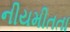
નીયમીતતા